Annual report of the Punjab Veterinary College and of the Civil Veterinary Department, Punjab - 1920-1925
Year: 1920
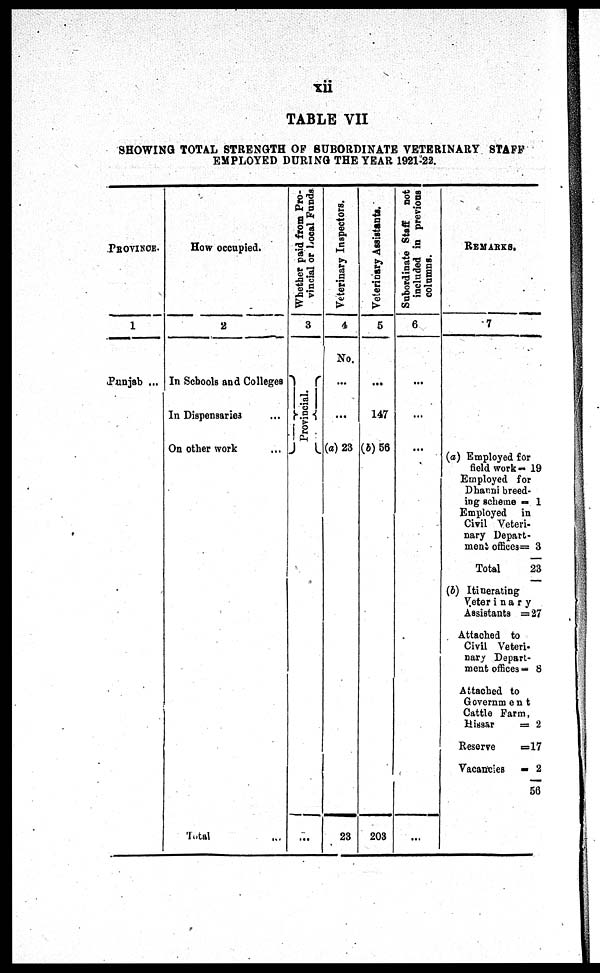
xii
TABLE VII
SHOWI NG TOTAL STRENGTH OF SUBORDI NATE VETERI NARY STAFF
EMPLOYED DURI NG THE YEAR 1921-22.
PROVINCE.
1
Punjab ...
H o w occupied.
2
In School s and Colleges
In Dispensaries ...
O n other work ...
Total ...
Whether paid from Pro-
vincial or Local Funds
3
Provincial.
...
Veterinary Inspectors.
4
No.
...
...
(a) 23
23
Veterinary Assistants.
5
...
147
(b) 56
203
Subordinate Staff not
included in previons
columns.
6
...
...
...
...
REMARKS.
7
(a) Empl oyed f or
field work =
Empl oyed for
Dhanni breed-
i ng scheme =
Empl oyed in
Civil Veteri-
nary Depart-
ment offi ces =
Total
(b) Itinerating
Veterinary
Assistants =
At t ached to
Civil Veteri-
nary Depart-
ment offi ces =
Attached to
Government
Cattle Farm,
Hissar =
Reserve =
Vacanci es =
19
1
3
23
27
8
2
17
2
56